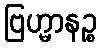
ဗြဟ္မာနဉ္စ